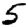
Digit: 5